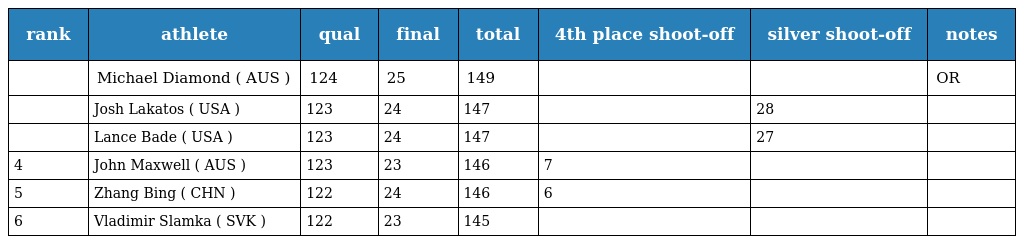
| rank | athlete | qual | final | total | 4th place shoot-off | silver shoot-off | notes |
 | --- | --- | --- | --- | --- | --- | --- | --- |
 |  | Michael Diamond ( AUS ) | 124 | 25 | 149 |  |  | OR |
 |  | Josh Lakatos ( USA ) | 123 | 24 | 147 |  | 28 |  |
 |  | Lance Bade ( USA ) | 123 | 24 | 147 |  | 27 |  |
 | 4 | John Maxwell ( AUS ) | 123 | 23 | 146 | 7 |  |  |
 | 5 | Zhang Bing ( CHN ) | 122 | 24 | 146 | 6 |  |  |
 | 6 | Vladimir Slamka ( SVK ) | 122 | 23 | 145 |  |  |  |